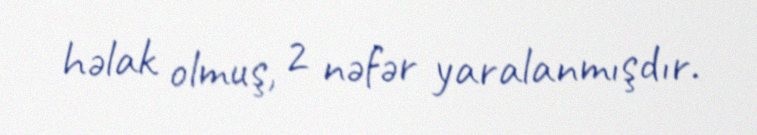
həlak olmuş, 2 nəfər yaralanmışdır.